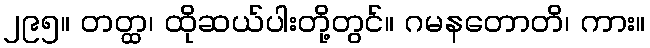
၂၉၅။ တတ္ထ၊ ထိုဆယ်ပါးတို့တွင်။ ဂမနတောတိ၊ ကား။